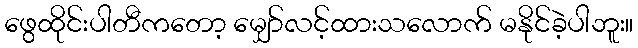
ဖွေထိုင်းပါတီကတော့ မျှော်လင့်ထားသလောက် မနိုင်ခဲ့ပါဘူး။